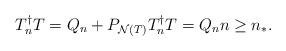
LaTeX: \begin{align*}T_{n}^{\dag }T=Q_{n}+P_{\mathcal{N}\left( T\right) }T_{n}^{\dag}T=Q_{n}n\geq n_{\ast }. \end{align*}